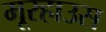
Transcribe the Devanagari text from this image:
मूरहाउस